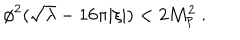
\phi ^ { 2 } ( \sqrt \lambda - 1 6 \pi | \xi | ) < 2 M _ { \mathrm { p } } ^ { 2 } \ .